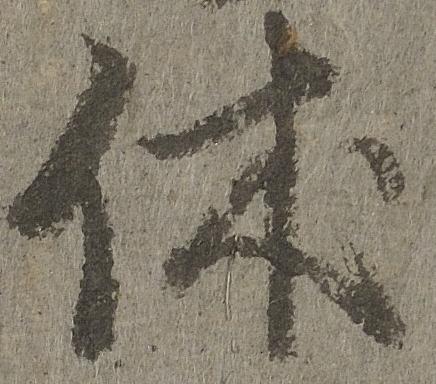
休